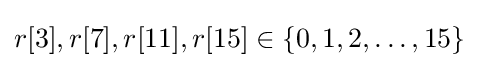
r[3],r[7],r[11],r[15]\in \{0,1,2,\dotsc ,15\}